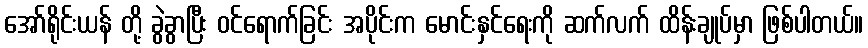
အော်ရိုင်းယန် တို့ ခွဲခွာပြီး ဝင်ရောက်ခြင်း အပိုင်းက မောင်းနှင်ရေးကို ဆက်လက် ထိန်းချုပ်မှာ ဖြစ်ပါတယ်။